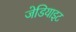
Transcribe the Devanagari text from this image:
जेडियाइट